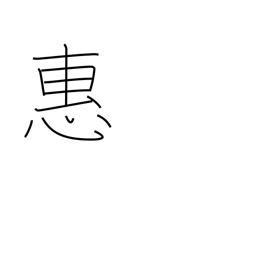
Meaning: grace